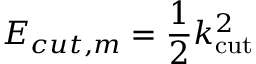
E _ { c u t , m } = \frac { 1 } { 2 } k _ { \mathrm { c u t } } ^ { 2 }